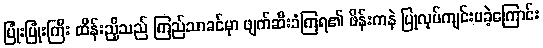
ပြုံးပြုံးကြီး ထိန်းညှိသည် ကြည်သာခင်မှာ ဖျက်ဆီးခံကြရ၏ ဖိန်းကနဲ ပြုလုပ်ကျင်းပခဲ့ကြောင်း